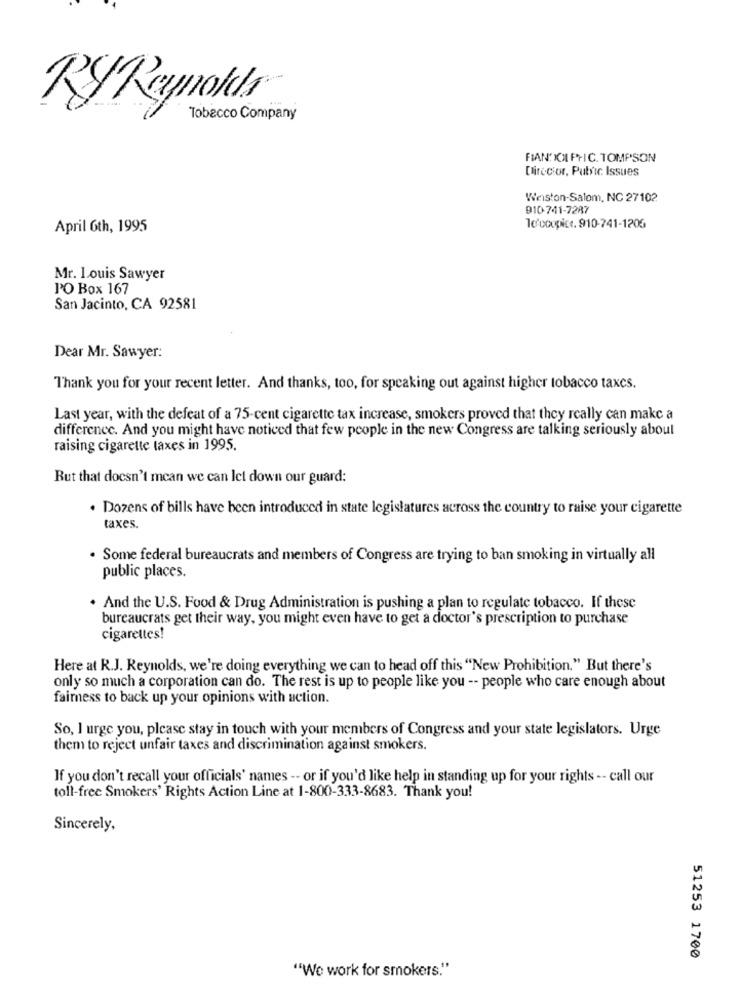
RYReynolds
Tobacco Company
FIANT X PTIC. TOMPSON
Director, Putric Issues
Weiston-Salom, NC 27102
910-741-7287
April 6th, 1995
To'coupict. 910-741-1206
Mr. Louis Sawyer
PO Box 167
San Jacinto, CA 92581
Dear Mr. Sawyer:
Thank you for your recent letter. And thanks, too, for speaking out against higher tobacco taxes.
Last year, with the defeat of a 75-cent cigarette tax increase, smokers proved that they really can make a
difference. And you might have noticed that few people in the new Congress are talking seriously about
raising cigarette taxes in 1995.
But that doesn't mean we can Ict down our guard:
. Dozens of bills have been introduced in state legislatures across the country to raise your cigarette
taxes.
. Some federal bureaucrats and members of Congress are trying to ban smoking in virtually all
public places.
. And the U.S. Food & Drug Administration is pushing a plan to regulate tobacco. If these
bureaucrats get their way, you might even have to get a doctor's prescription to purchase
cigarettes!
Here at R.J. Reynolds, we're doing everything we can to head off this "New Prohibition." But there's
only so much a corporation can do. The rest is up to people like you -- people who care enough about
fairness to back up your opinions with action.
So, I urge you, please stay in touch with your members of Congress and your state legislators. Urge
them to reject unfair taxes and discrimination against smokers.
If you don't recall your officials' names -- or if you'd like help in standing up for your rights -- call our
toll-free Smokers' Rights Action Line at 1-800-333-8683. Thank you!
Sincerely,
51253 1700
"We work for smokers."